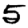
Digit: 5